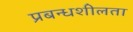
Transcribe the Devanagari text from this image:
प्रबन्धशीलता